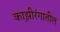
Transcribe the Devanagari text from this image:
काझ़ीरंगातील